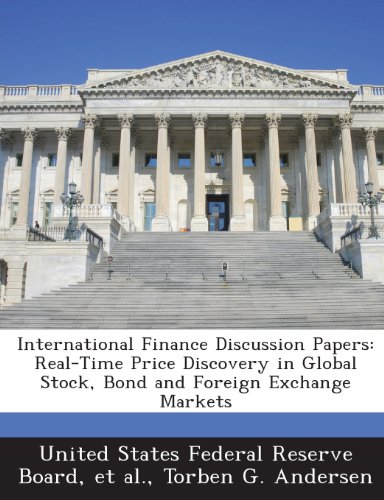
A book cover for International Finance Discussion Papers: Real-Time Price Discovery in Global Stock, Bond and Foreign Exchange Markets; Torben G. Andersen; Business & Money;